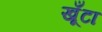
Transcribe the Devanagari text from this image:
खूँटा